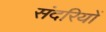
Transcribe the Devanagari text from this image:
संदरियों